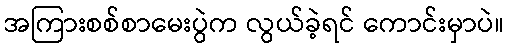
အကြားစစ်စာမေးပွဲက လွယ်ခဲ့ရင် ကောင်းမှာပဲ။